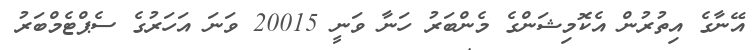
އޭނާގެ އިތުރުން އެކޮމިޝަންގެ މެންބަރު ހަނާ ވަނީ 20015 ވަނަ އަހަރުގެ ސެޕްޓެމްބަރު